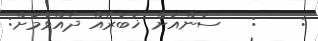
:    :   ސަންއަށް ޚަބަރެއް ދެއްވުމަށް: